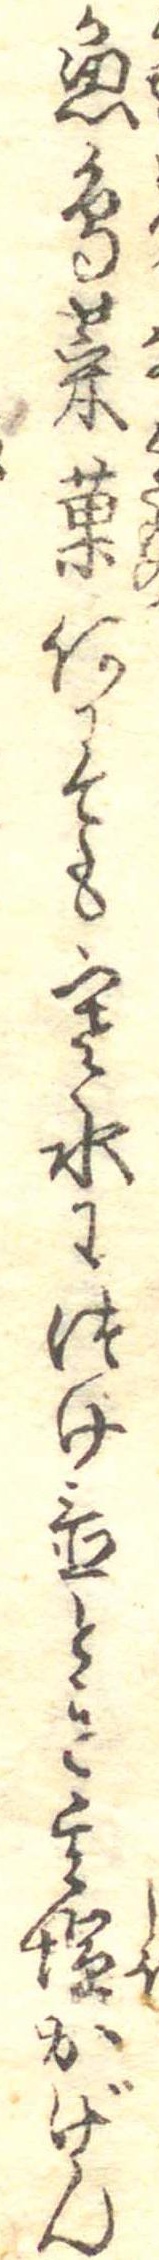
魚鳥菜菓何にても寒水につけ置とき其塩かげん